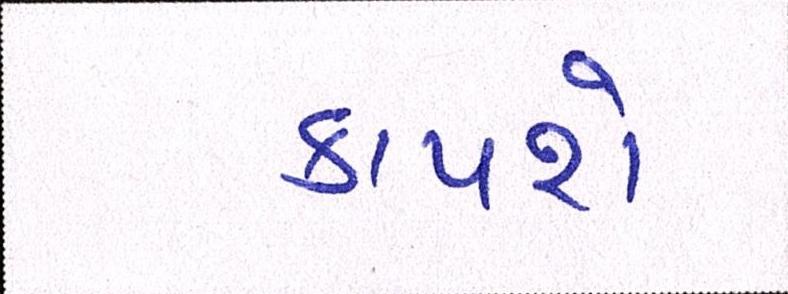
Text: કાપશે